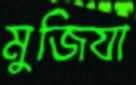
মুজিযা